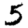
Digit: 5